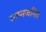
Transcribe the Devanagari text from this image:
स्वप्नजनित